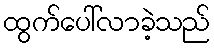
ထွက်ပေါ်လာခဲ့သည်